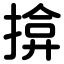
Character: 揜